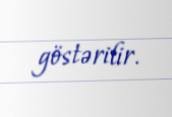
göstərilir.